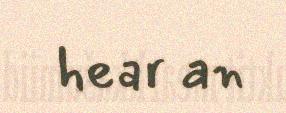
hear an